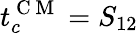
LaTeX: t_{c}^{\mathrm{~C~M~}}=S_{12}